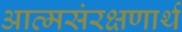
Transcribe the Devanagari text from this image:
आत्मसंरक्षणार्थ